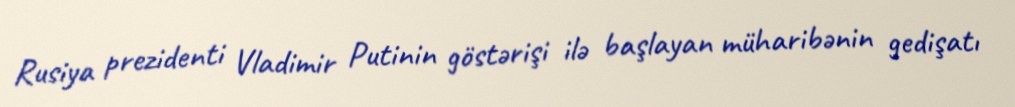
Rusiya prezidenti Vladimir Putinin göstərişi ilə başlayan müharibənin gedişatı